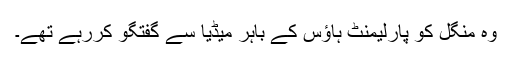
وہ منگل کو پارلیمنٹ ہاؤس کے باہر میڈیا سے گفتگو کررہے تھے۔